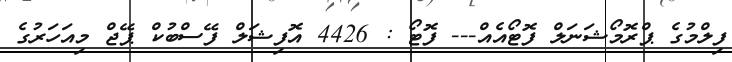
ފިލްމުގެ ޕްރޮމޯޝަނަލް ފޮޓޯއެއް--- ފޮޓޯ : 4426 އޮފިޝަލް ފޭސްބުކް ޕޭޖް މިއަހަރުގެ